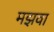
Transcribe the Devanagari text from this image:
मझवा